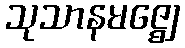
သုသာနမဇ္ဈေ